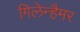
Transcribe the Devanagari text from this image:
गिलेन्हैमर